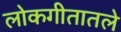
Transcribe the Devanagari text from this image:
लोकगीतातले